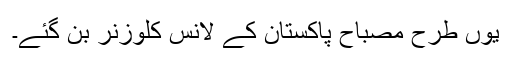
یوں طرح مصباح پاکستان کے لانس کلوزنر بن گئے۔